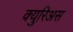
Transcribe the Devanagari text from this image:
क्युरिअस